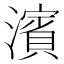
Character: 濱